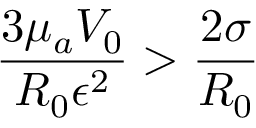
\frac { 3 { \mu } _ { a } V _ { 0 } } { R _ { 0 } { \epsilon } ^ { 2 } } > \frac { 2 { \sigma } } { R _ { 0 } }